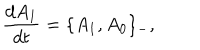
\frac { d A _ { 1 } } { d t } = \{ A _ { 1 } , A _ { 0 } \} _ { - } ,